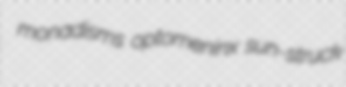
monadisms optomeninx sun-struck